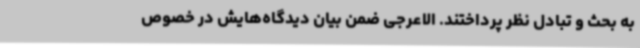
به بحث و تبادل نظر پرداختند. الاعرجی ضمن بیان دیدگاه‌هایش در خصوص